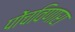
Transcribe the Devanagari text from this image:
पोंचविणारा